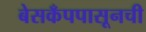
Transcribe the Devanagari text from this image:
बेसकँपपासूनची